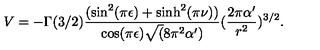
V = - \Gamma ( 3 / 2 ) \frac { ( \sin ^ { 2 } ( \pi \epsilon ) + \sinh ^ { 2 } ( \pi \nu ) ) } { \cos ( \pi \epsilon ) \sqrt ( 8 \pi ^ { 2 } \alpha ^ { \prime } ) } ( \frac { 2 \pi \alpha ^ { \prime } } { r ^ { 2 } } ) ^ { 3 / 2 } .